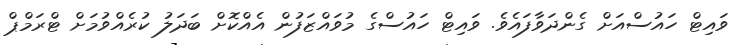
ވައިޓް ހައުސްއަށް ގެންދަވާފައެވެ. ވައިޓް ހައުސްގެ މުވައްޒަފުން އެއްކޮށް ބަދަލު ކުރެއްވުމަށް ޓްރަމްޕް